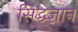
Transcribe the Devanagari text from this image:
सिद्धज्ञान